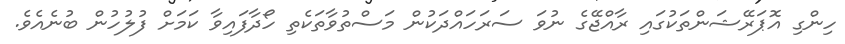
ހިންގި އޮޕަރޭޝަންތަކުގައި ރާއްޖޭގެ ނުވަ ސަރަހައްދަކުން މަސްތުވާތަކެތި ހޯދާފައިވާ ކަމަށް ފުލުހުން ބުނެއެވެ.